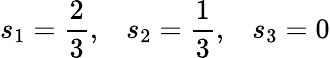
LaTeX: s_{1}=\frac{2}{3},\; \; \; s_{2}=\frac{1}{3},\; \; \; s_{3}=0